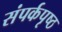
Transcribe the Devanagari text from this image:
संपर्कपृष्ठ